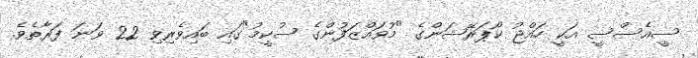
ސީއެސްސީ އަކީ ހައްޖު ކޯޕަރޭޝަންގެ "މުވައްޒަފުންގެ ސުކީމު"ގައި ބައިވެރިވި 22 ވަނަ ފަރާތެވެ.